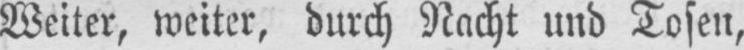
Weiter, weiter, durch Nacht und Tosen,